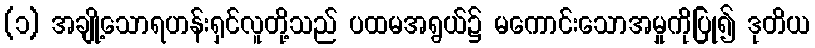
(၁) အချို့သောရဟန်းရှင်လူတို့သည် ပထမအရွယ်၌ မကောင်းသောအမှုကိုပြု၍ ဒုတိယ